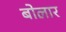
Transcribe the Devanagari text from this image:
बोलार